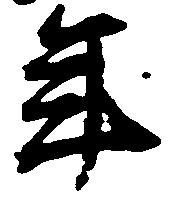
年